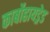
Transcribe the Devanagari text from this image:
कार्बोहायड्रेड